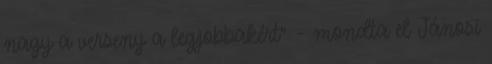
nagy a verseny a legjobbakért” – mondta el Jánosi